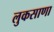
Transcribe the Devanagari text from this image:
लुकसाणा